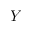
Y